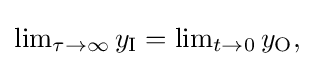
{\textstyle \lim _{\tau \to \infty }y_{\mathrm {I} }=\lim _{t\to 0}y_{\mathrm {O} },}